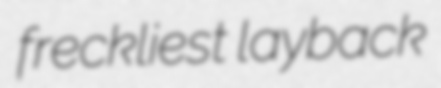
freckliest layback